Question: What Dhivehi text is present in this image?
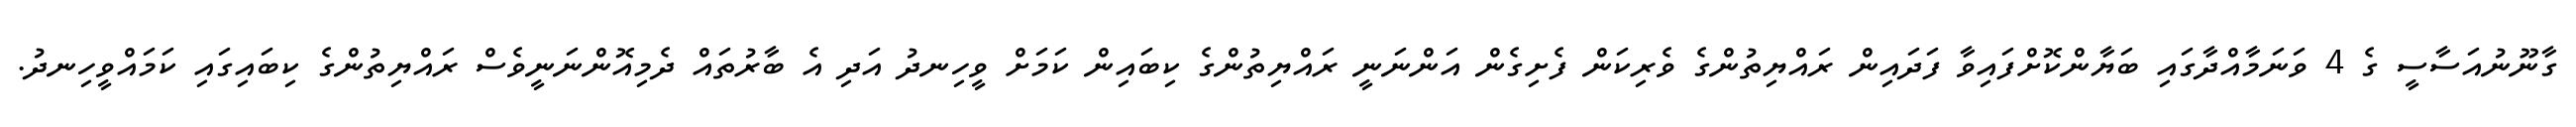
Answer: ގާނޫނުއަސާސީ ގެ 4 ވަނަމާއްދާގައި ބަޔާންކޮށްފައިވާ ފަދައިން ރައްޔިތުންގެ ވެރިކަން ފެށިގެން އަންނަނީ ރައްޔިތުންގެ ކިބައިން ކަމަށް ވީހިނދު އަދި އެ ބާރުތައް ދެމިއޮންނަނީވެސް ރައްޔިތުންގެ ކިބައިގައި ކަމައްވީހިނދު.